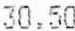
30.50